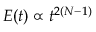
E ( t ) \propto t ^ { 2 ( N - 1 ) }